Medical and sanitary report of the native army of Madras for the year
Year: 1875
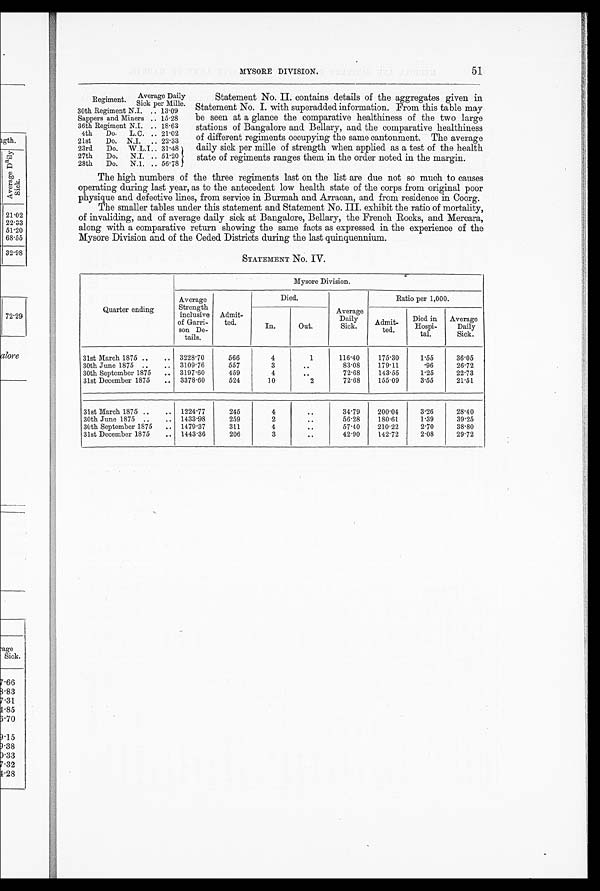
51
MYSORE DIVISION.
Regiment .
Average Daily
Sick per Mille.
30th Regiment N.I. .. 13.09
Sappers and Miners .. 15.28
Regiment N.I. ..
36th
°1
8.63
4th
Do-
L. C. .. 21.02
21st
Do. N.I. .. 22.33
23rd
Do. W.L.I. 31.48
27th
Do.
N.I. .. 51.20
28th
Dn.
N_1
.. 56.78
Statement No. II. contains details of the aggregates given in
Statement No. I. with superadded information. From this table may
be seen at a glance the comparative healthiness of the two large
stations of Bangalore and Bellary, and the comparative healthiness
of different regiments occupying the same cantonment. The average
daily sick per mille of strength when applied as a test of the health
state of regiments ranges them in the order noted in the margin.
The high numbers of the three regiments last on the list are due not so much to causes
operating during last year, as to the antecedent low health state of the corps from original poor
physique and defective lines, from service in Burmah and Arracan, and from residence in Coorg.
The smaller tables under this statement and Statement No. III. exhibit the ratio of mortality,
of invaliding, and of average daily sick at Bangalore, Bellary, the French Rocks, and Mercara,
along with a comparative return showing the same facts as expressed in the experience of the
Mysore Division and of the Ceded Districts durin g the last quinquennium.
STATEMENT No. IV.
Mysore Division.
Average
Died.
Ratio per 1,000.
Quarter ending
Strength
inclusive Admit-
Average
of Grarri-
son De-
ta tails.
ted.
In.
Out.
Daily
Sick.
Admit-
ted.
Died in
Hospi-
tat.
Average
Daily
Sick.
31st March 1875 ..
.. 3228 . 70
566
4
1
116.40
175.30
1.55
36.05
30th June 1875.
.
3109.76
557
3
..
83.08
179.11
.96
26.72
30th September 1875
.. 3197 . 60
459
4
. .
72.68
143.55
1.25
22.73
31st December 1875
.. 3378 . 60
524
10
2
72.68
155.09
3.55
21.51
31st March 1875 ..
.. 1224 . 77
245
. .
34.79
200.04
3.26
28.40
30th June 1875 ..
.. 1433 . 98
259
..
56.28
180.61
1.39
39.25
30th September 1875
.. 1479'37
311
..
57.40
210.22
2.70
38.80
31st December 1875
.. 1443 . 36
206
..
42.90
142.72
2.08
29.72